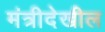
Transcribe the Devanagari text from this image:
मंत्रीदेखील